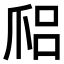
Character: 𤔑